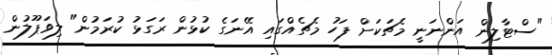
"ސްޓާލިން އަންނަނީ މެޗަކަށް ފަހު މެޗެއްގައި އޭނަގެ ކުޅުން ރަގަޅު ކުރަމުން" ލިވަޕޫލުން